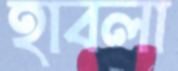
হাবলা